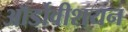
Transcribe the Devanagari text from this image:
ऑर्डोवीशयन